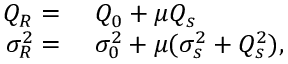
\begin{array} { r l } { Q _ { R } = } & { { } \ Q _ { 0 } + \mu Q _ { s } } \\ { \sigma _ { R } ^ { 2 } = } & { { } \ \sigma _ { 0 } ^ { 2 } + \mu ( \sigma _ { s } ^ { 2 } + Q _ { s } ^ { 2 } ) , } \end{array}